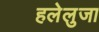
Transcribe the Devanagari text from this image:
हलेलुजा